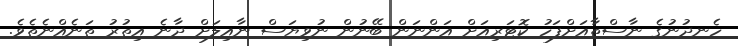
ހެނދުނުގެ ނާސްތާއަށްފަހު ކޮޓަރިއަށް އަންނަން ބޭނުން ނުވިޔަސް ނާއިލަށް ދާނެ އިތުރު ތަނެއްނެތެވެ.